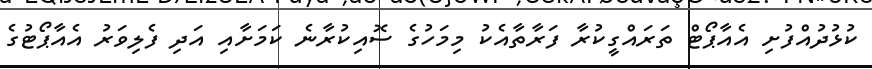
ކުޅުދުއްފުށި އެއާޕޯޓް ތަރައްގީކުރާ ފަރާތާއެކު މިމަހުގެ ސޮއިކުރާނެ ކަމަށާއި އަދި ފެލިވަރު އެއާޕޯޓުގެ